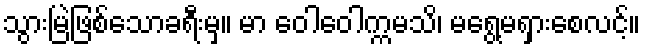
သွားမြဲဖြစ်သောခရီးမှ။ မာ ဝေါဝေါက္ကမသိ၊ မရွေ့မရှားစေလင့်။